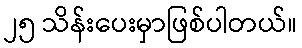
၂၅ သိန်းပေးမှာဖြစ်ပါတယ်။